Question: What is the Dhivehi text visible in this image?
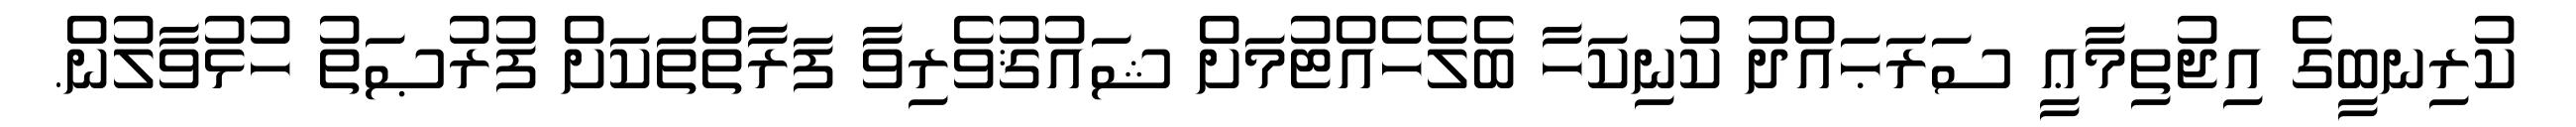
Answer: ކުރިނބީގެ އިޖުތިމާޢީ ސަރަޙައްދު ކުނިކަހާ ބެލެހެއްޓުމަށް ޝައުޤުވެރިވާ ފަރާތްތަކަށް ފުރުޞަތު ހުޅުވާލުން.